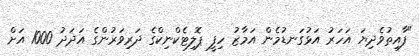
"ފާއިތުވެދިޔަ އަހަރު އަޅުގަނޑުމެން އަމާޒު ހިފީ ޕޮލިޓެކްނިކްގެ ދަރިވަރުންގެ އަދަދު 1000 އަށް